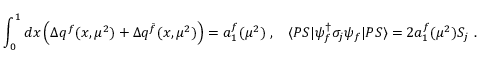
\int _ { 0 } ^ { 1 } d x \left( \Delta q ^ { f } ( x , \mu ^ { 2 } ) + \Delta q ^ { \bar { f } } ( x , \mu ^ { 2 } ) \right) = a _ { 1 } ^ { f } ( \mu ^ { 2 } ) \ , \; \; \; \langle P S | \psi _ { f } ^ { \dagger } \sigma _ { j } \psi _ { f } | P S \rangle = 2 a _ { 1 } ^ { f } ( \mu ^ { 2 } ) S _ { j } \ .